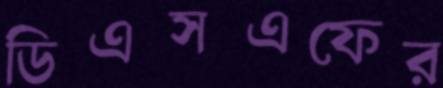
ডিএসএফের